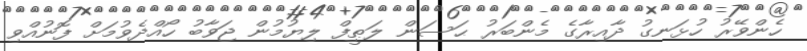
ހެންވޭރު ހުޅަނގު ދާއިރާގެ މެންބަރު ޙަސަން ލަޠީފް ލިޔުމުން ޖަވާބު ހޯއްދެވުމަށް ފޮނުއްވި